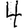
Digit: 4